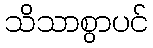
သိသာစွာပင်